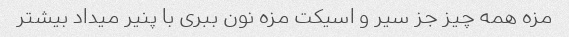
مزه همه چیز جز سیر و اسیکت مزه نون ببری با پنیر میداد بیشتر